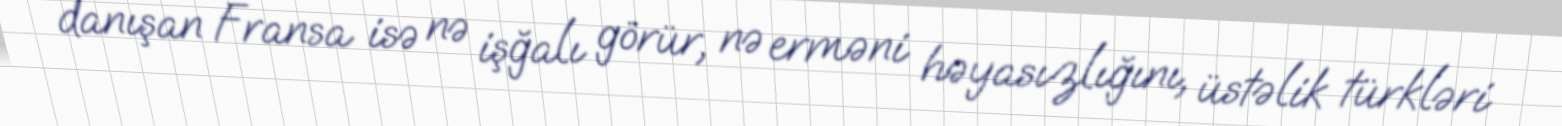
danışan Fransa isə nə işğalı görür, nə erməni həyasızlığını, üstəlik türkləri